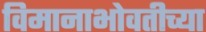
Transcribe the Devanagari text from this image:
विमानाभोवतीच्या